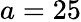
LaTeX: a=25